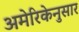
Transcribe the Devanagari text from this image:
अमेरिकेनुसार